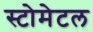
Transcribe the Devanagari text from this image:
स्टोमेटल